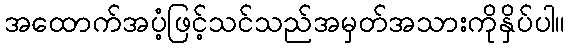
အထောက်အပံ့ဖြင့်သင်သည်အမှတ်အသားကိုနှိပ်ပါ။